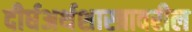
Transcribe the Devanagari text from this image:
दीर्घअर्थशास्त्रावरील